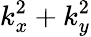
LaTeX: k_{x}^{2}+k_{y}^{2}